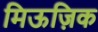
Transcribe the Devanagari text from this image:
मिऊज़िक